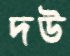
দউ